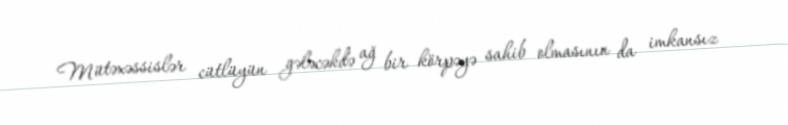
Mütəxəssislər cütlüyün gələcəkdə ağ bir körpəyə sahib olmasının da imkansız